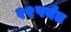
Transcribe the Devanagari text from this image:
१२पर्यंत